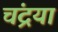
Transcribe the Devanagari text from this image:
चंद्रया